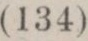
(34)